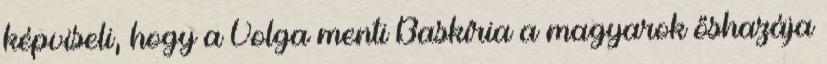
képviseli, hogy a Volga menti Baskíria a magyarok őshazája